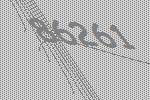
86261